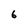
Character: 6